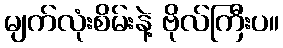
မျက်လုံးစိမ်းနဲ့ ဗိုလ်ကြီးပ။